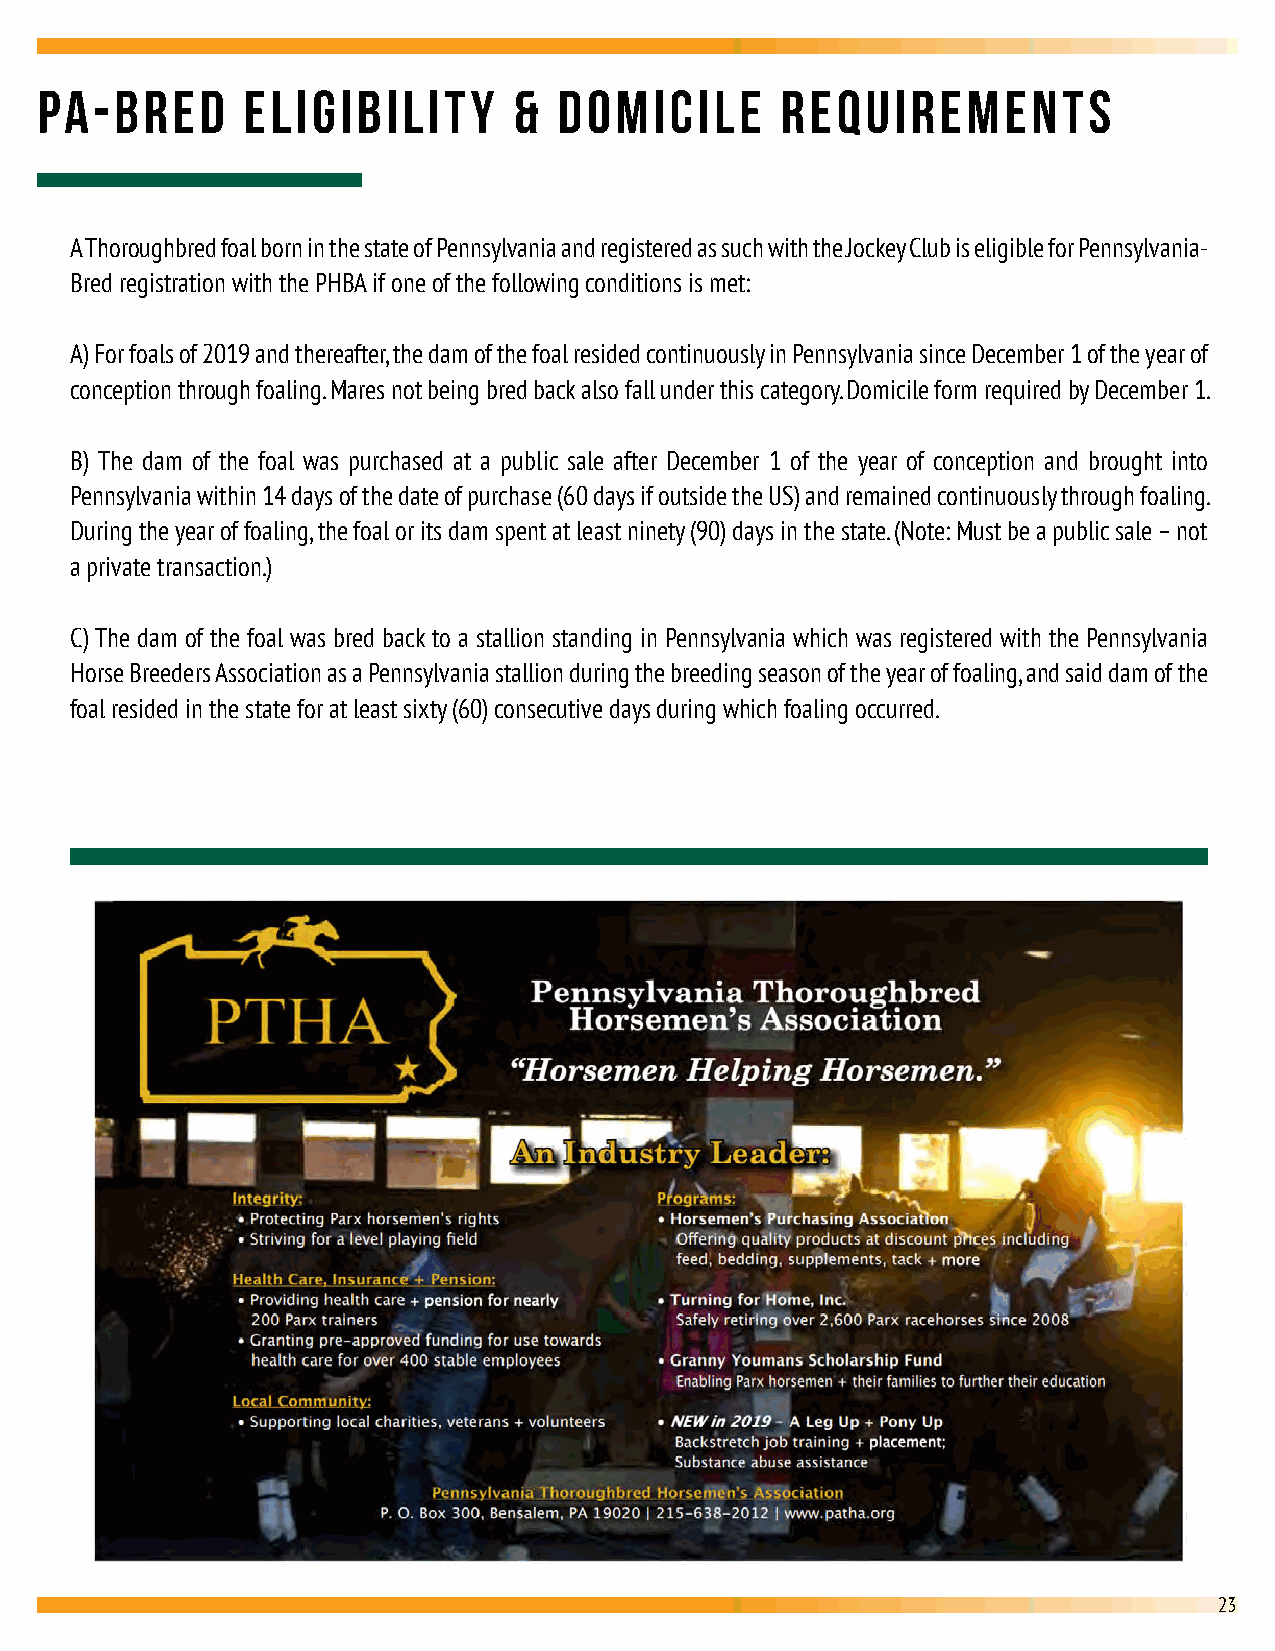
PA-BRED       Eligibility       &  Domicile       Requirements
 A Thoroughbred foal born in the state of Pennsylvania and registered as such with the Jockey Club is eligible for Pennsylvania-
 Bred registration with the PHBA if one of the following conditions is met:
 A) For foals of 2019 and thereafter, the dam of the foal resided continuously in Pennsylvania since December 1 of the year of
 conception through foaling. Mares not being bred back also fall under this category. Domicile form required by December 1.
 B) The dam of the foal was purchased at a public sale after December 1 of the year of conception and brought into
 Pennsylvania within 14 days of the date of purchase (60 days if outside the US) and remained continuously through foaling.
 During the year of foaling, the foal or its dam spent at least ninety (90) days in the state. (Note: Must be a public sale – not
 a private transaction.)
 C) The dam of the foal was bred back to a stallion standing in Pennsylvania which was registered with the Pennsylvania
 Horse Breeders Association as a Pennsylvania stallion during the breeding season of the year of foaling, and said dam of the
 foal resided in the state for at least sixty (60) consecutive days during which foaling occurred.
 23